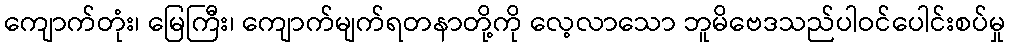
ကျောက်တုံး၊ မြေကြီး၊ ကျောက်မျက်ရတနာတို့ကို လေ့လာသော ဘူမိဗေဒသည်ပါဝင်ပေါင်းစပ်မှု